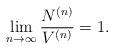
LaTeX: \begin{align*}\lim_{n\to\infty}\frac{N^{(n)}}{V^{(n)}}=1.\end{align*}